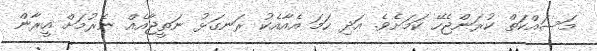
މަސައްކަތް ކުރަންޖެހޭ ކަމަށެވެ. އަދި ހަމަ އެއާއެކު ރަނގަޅު ނަތީޖާއެއް ނެރުމަށް އީރާން